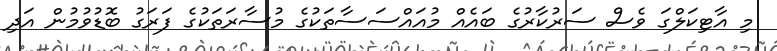
މި އާޓިކަލްގަ ވެސް ސަރުކާރުގެ ބައެއް މުއައްސަސާތަަކުގެ މުސާރަތަކުގެ ފަރަގު ބޮޑުވުމުން އަދި